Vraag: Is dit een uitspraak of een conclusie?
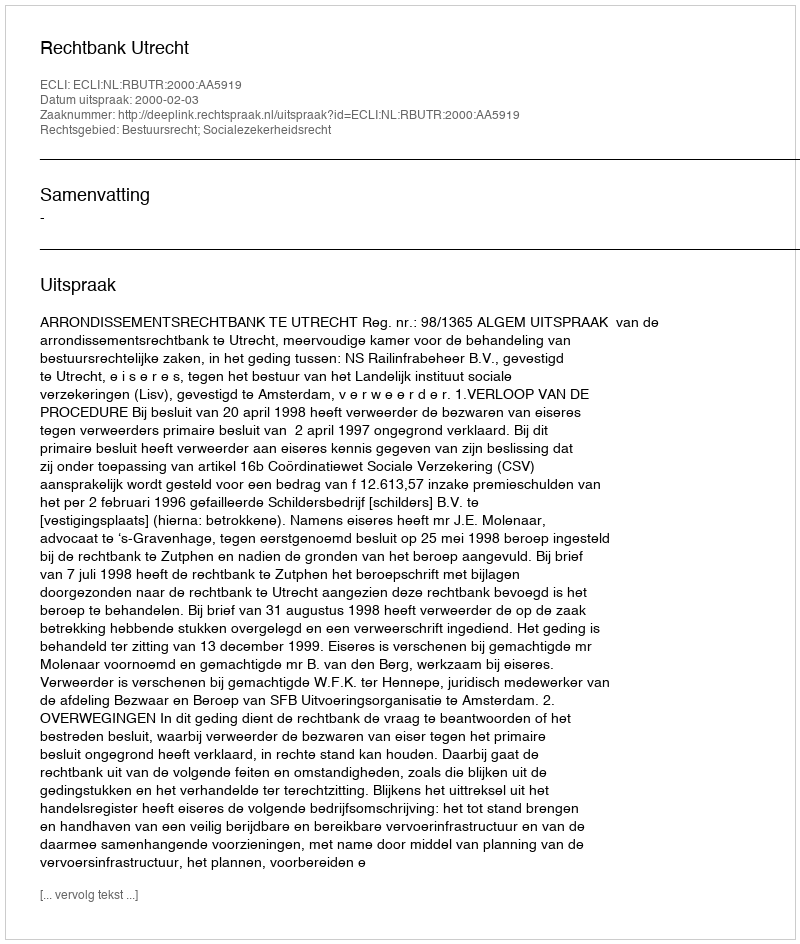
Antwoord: Uitspraak